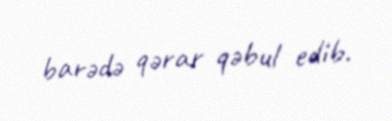
barədə qərar qəbul edib.